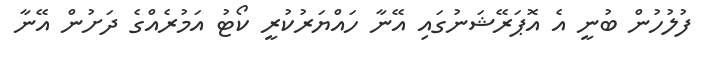
ފުލުހުން ބުނީ އެ އޮޕަރޭޝަނުގައި އޭނާ ހައްޔަރުކުރީ ކޯޓު އަމުރެއްގެ ދަށުން އޭނާ